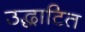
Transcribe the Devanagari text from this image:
उद्धाटित